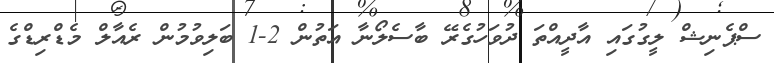
ސްޕެނިޝް ލީގުގައި އާދީއްތަ ދުވަހުގެރޭ ބާސެލޯނާ އަތުން 2-1 ބަލިވުމުން ރެއާލް މެޑްރިޑްގެ